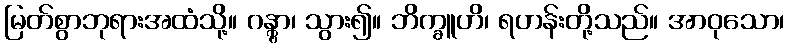
မြတ်စွာဘုရားအထံသို့။ ဂန္တွာ၊ သွား၍။ ဘိက္ခူဟိ၊ ရဟန်းတို့သည်။ အာဝုသော၊